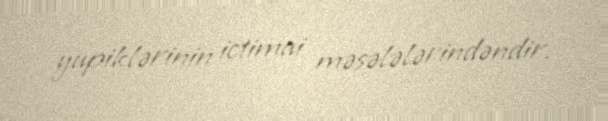
yupiklərinin ictimai məsələlərindəndir.